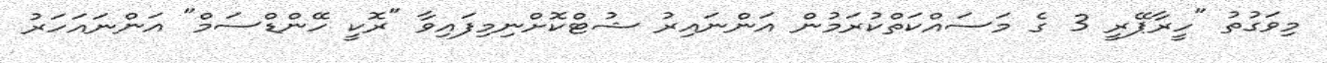
މިވަގުތު "ހީރާޕޭރީ 3 ގެ މަސައްކަތްކުރަމުން އަންނައިރު ޝުޓްކޮށްނިމިފައިވާ "ރޮކީ ހޭންޑްސަމް" އަންނައަހަރު